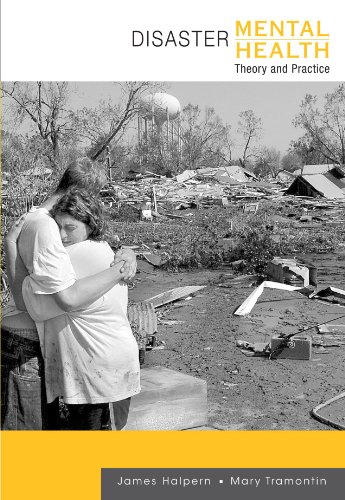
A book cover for Disaster Mental Health: Theory and Practice (Crisis Intervention); James Halpern; Politics & Social Sciences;